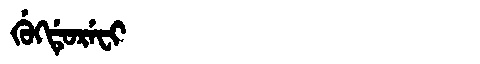
Manchu: ᡤᡠᡴᡩᡠᡵᡝᠸᡳ
Romanization: GUKDUREFI